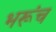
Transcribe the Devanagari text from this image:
भरूंच